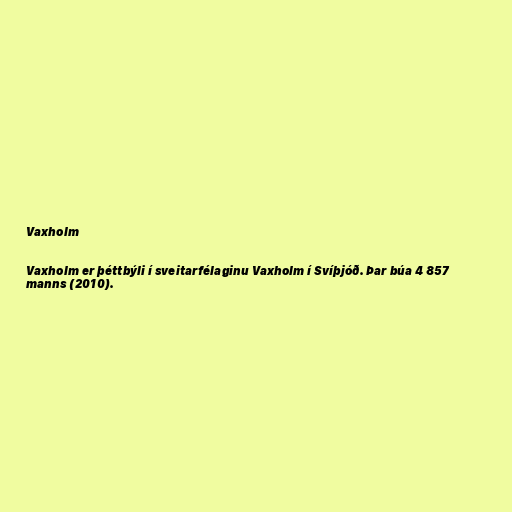
Vaxholm

Vaxholm er þéttbýli í sveitarfélaginu Vaxholm í Svíþjóð. Þar búa 4 857
manns (2010).